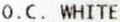
O.C. WHITE